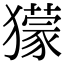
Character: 獴